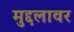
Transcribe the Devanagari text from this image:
मुद्दलावर